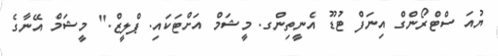
ޔުއަ ސްޓްރޯންގް އިނަފް ޓުޑޫ އެނީތިންގ. މީޝަމް އަށްޓަކައި. ޕްލީޒް." މީޝަމް އޭނާގެ